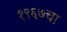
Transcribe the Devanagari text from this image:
१९६७चा